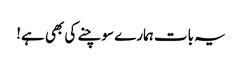
یہ بات ہمارے سوچنے کی بھی ہے!